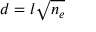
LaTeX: d = l { \sqrt { n _ { e } } }